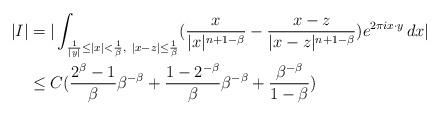
LaTeX: \begin{align*}|I|&=|\int_{\frac{1}{|y|}\leq|x|<\frac{1}{\beta},~|x-z|\leq\frac{1}{\beta}}(\frac{x}{|x|^{n+1-\beta}}-\frac{x-z}{|x-z|^{n+1-\beta}})e^{2\pi ix\cdot y}\,dx|\\&\le C(\frac{2^\beta-1}{\beta}\beta^{-\beta}+\frac{1-2^{-\beta}}{\beta}\beta^{-\beta}+\frac{\beta^{-\beta}}{1-\beta})\end{align*}